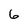
Character: 6